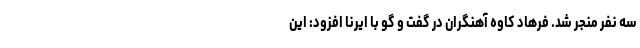
سه نفر منجر شد. فرهاد کاوه آهنگران در گفت و گو با ایرنا افزود: این